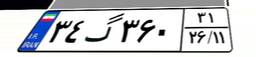
۳۴گ۳۶۰۳۱